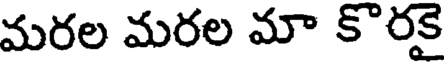
మరల మరల మా కొరకై